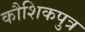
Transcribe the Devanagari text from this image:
कौशिकपुत्र